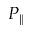
P _ { \| }